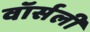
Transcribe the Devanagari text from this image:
वॉर्सली